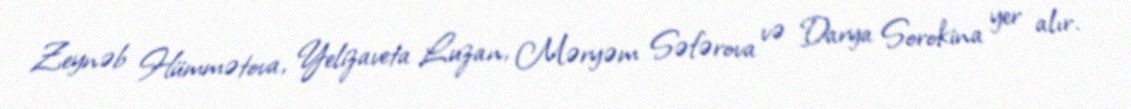
Zeynəb Hümmətova, Yelizaveta Luzan, Məryəm Səfərova və Darya Sorokina yer alır.